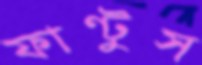
ফাণ্টুস